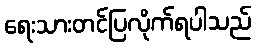
ရေးသားတင်ပြလိုက်ရပါသည်